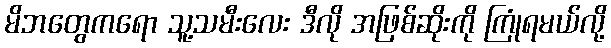
မိဘတွေကရော သူ့သမီးလေး ဒီလို အဖြစ်ဆိုးကို ကြုံရမယ်လို့